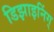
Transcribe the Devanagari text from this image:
डिझाइनिंग्